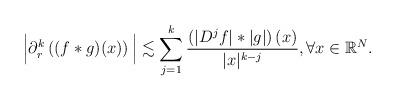
LaTeX: \begin{align*}\Big|\partial_r^k \left( (f*g)(x) \right) \Big| \lesssim \sum_{j=1}^k \frac{\left( |D^j f| * |g| \right) (x)}{|x|^{k-j}}, \forall x \in \mathbb{R}^N.\end{align*}